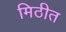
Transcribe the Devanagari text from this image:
मिठीत